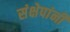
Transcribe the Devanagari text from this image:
संक्षेपांनी